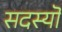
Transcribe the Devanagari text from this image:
सदस्यॊं